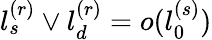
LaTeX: l_{s}^{(r)}\vee l_{d}^{(r)}=o(l_{0}^{(s)})